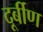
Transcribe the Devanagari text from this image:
दूर्बीण